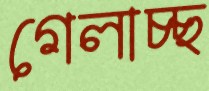
গেলাচ্ছ